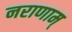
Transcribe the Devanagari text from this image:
नराणाम्